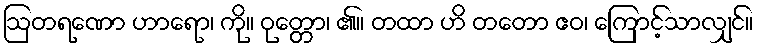
ဩတရဏော ဟာရော၊ ကို။ ဝုတ္တော၊ ၏။ တထာ ဟိ တတော ဧဝ၊ ကြောင့်သာလျှင်။